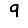
Digit: 9